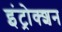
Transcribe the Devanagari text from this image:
इंट्रोक्शन